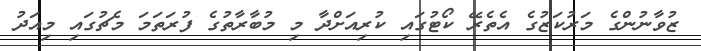
ޒުވާނުންގެ މަރުކަޒުގެ އެތެރޭ ކޯޓުގައި ކުރިއަށްދާ މި މުބާރާތުގެ ފުރަތަމަ މެޗުގައި މިއަދު